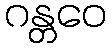
ဂန္တဝေ